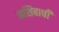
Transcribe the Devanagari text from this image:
नशिबाची